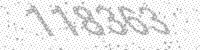
Solution: 118363